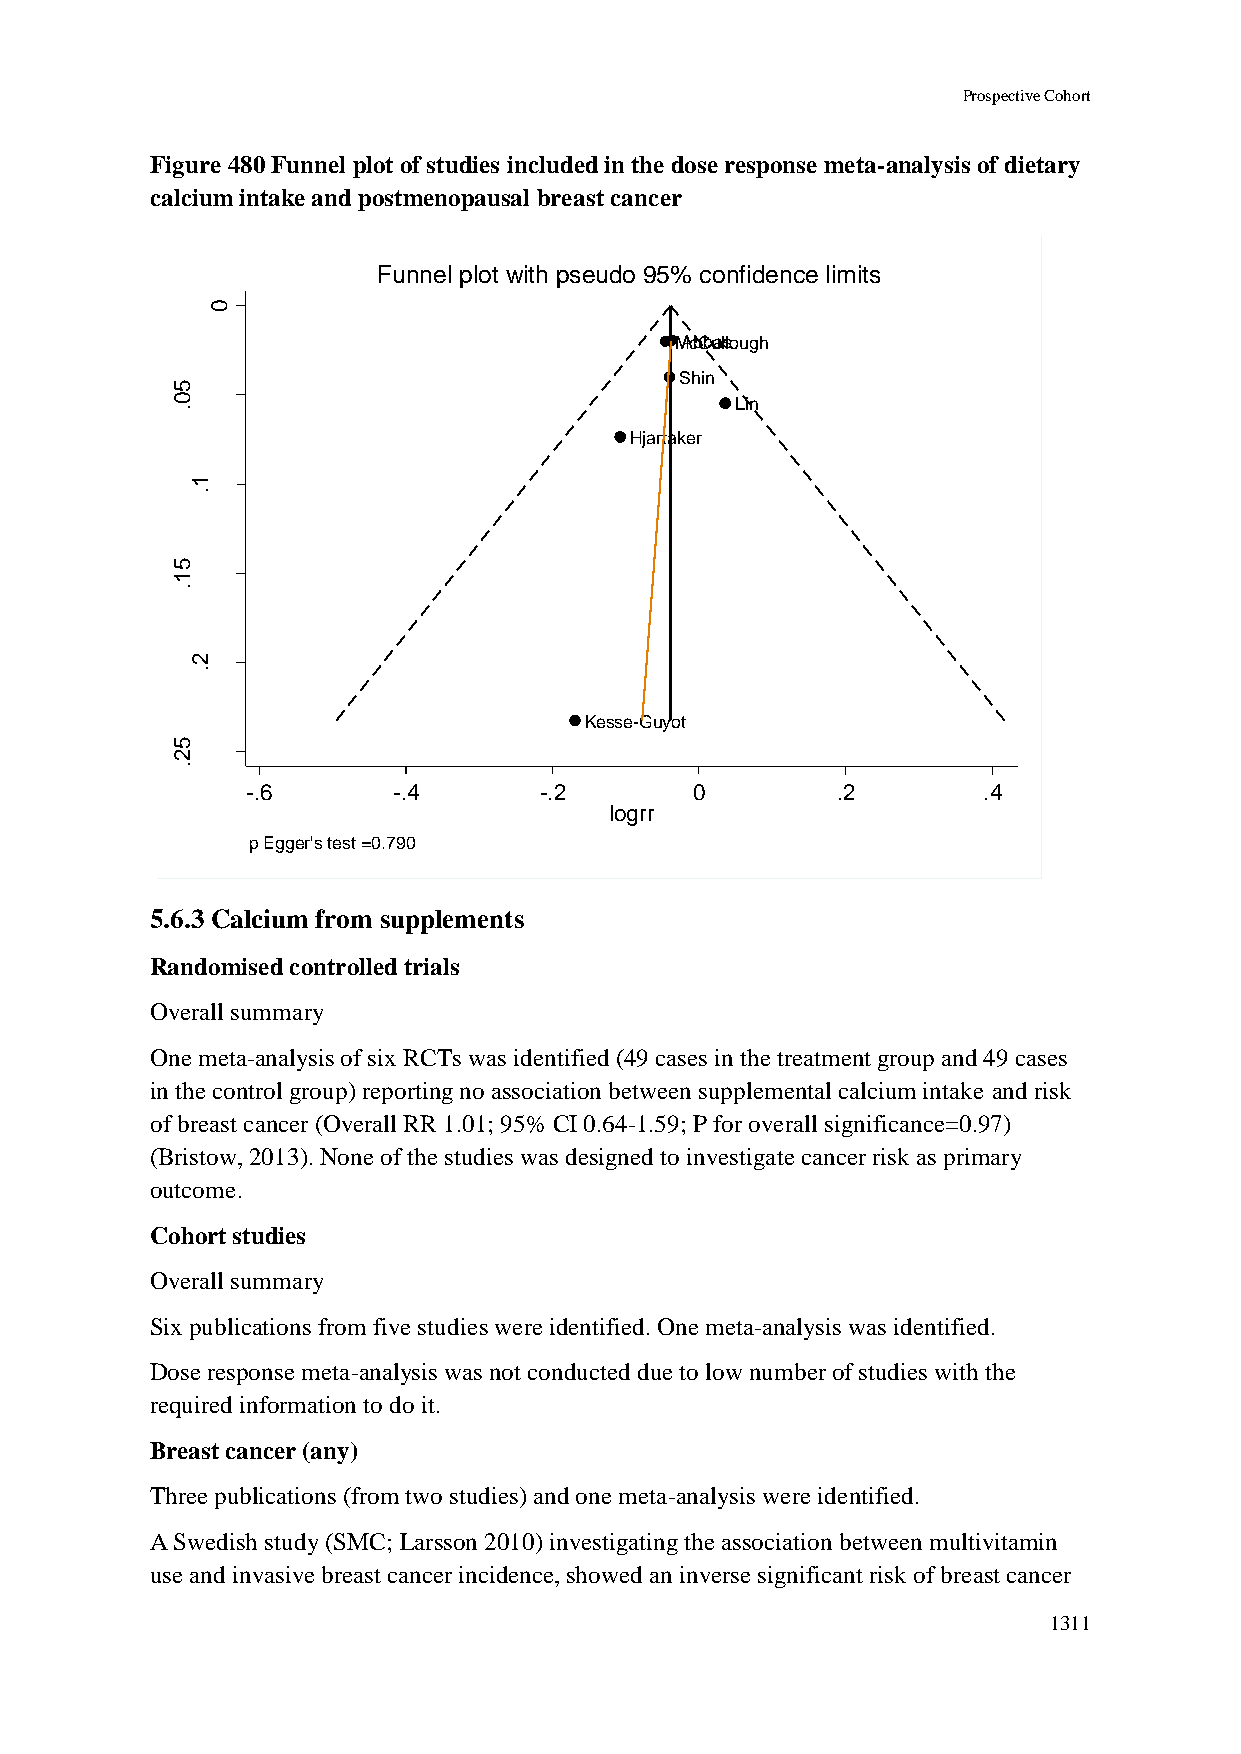
Prospective Cohort
 Figure 480 Funnel plot of studies included in the dose response meta-analysis of dietary
 calcium intake and postmenopausal breast cancer
 Funnel plot with pseudo 95% confidence limits
 0
 MAcbCbualslough
 Shin
 5
 0                                     Lin
 .
 Hjartaker
 r r       1
 g         .
 o
 l
 f
 o
 .e
 5
 . s     1
 .
 2
 .
 Kesse-Guyot
 5
 2
 .
 -.6       -.4       -.2       0        .2        .4
 logrr
 p Egger's test =0.790
 5.6.3 Calcium from supplements
 Randomised controlled trials
 Overall summary
 One meta-analysis of six RCTs was identified (49 cases in the treatment group and 49 cases
 in the control group) reporting no association between supplemental calcium intake and risk
 of breast cancer (Overall RR 1.01; 95% CI 0.64-1.59; P for overall significance=0.97)
 (Bristow, 2013). None of the studies was designed to investigate cancer risk as primary
 outcome.
 Cohort studies
 Overall summary
 Six publications from five studies were identified. One meta-analysis was identified.
 Dose response meta-analysis was not conducted due to low number of studies with the
 required information to do it.
 Breast cancer (any)
 Three publications (from two studies) and one meta-analysis were identified.
 A Swedish study (SMC; Larsson 2010) investigating the association between multivitamin
 use and invasive breast cancer incidence, showed an inverse significant risk of breast cancer
 1311